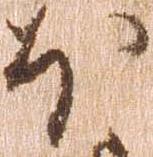
ほ